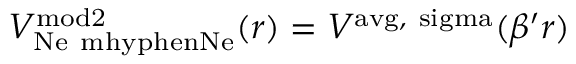
V _ { \mathrm { N e \ m h y p h e n N e } } ^ { \mathrm { m o d 2 } } ( r ) = V ^ { \mathrm { a v g , \ s i g m a } } ( \beta ^ { \prime } r )